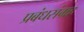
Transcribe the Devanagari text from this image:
प्रबंधसंग्रह